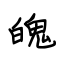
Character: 魄